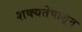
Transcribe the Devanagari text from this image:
शक्यतेपासून